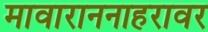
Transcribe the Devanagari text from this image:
मावाराननाहरावर